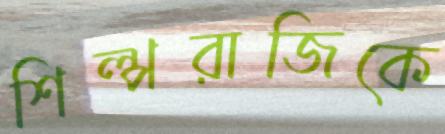
শিল্পরাজিকে